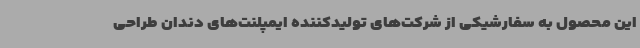
این محصول به سفارشیکی از شرکت‌های تولیدکننده ایمپلنت‌های دندان طراحی